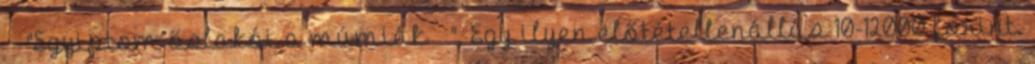
"Egyiptom őslakói a múmiák ". Egy ilyen előtétellenállás 10-12000 forint.